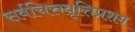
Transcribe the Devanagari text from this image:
सर्वचित्तवृत्तिप्रशम